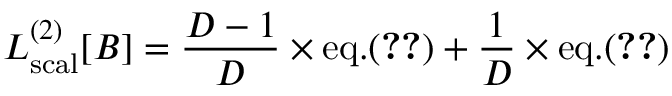
{ \cal L } _ { \mathrm { s c a l } } ^ { ( 2 ) } [ B ] = { \frac { D - 1 } { D } } \times \mathrm { e q . } ( \ref { G a m m a 2 s c a l } ) + { \frac { 1 } { D } } \times \mathrm { e q . } ( \ref { G a m m a 2 s c a l p I } )